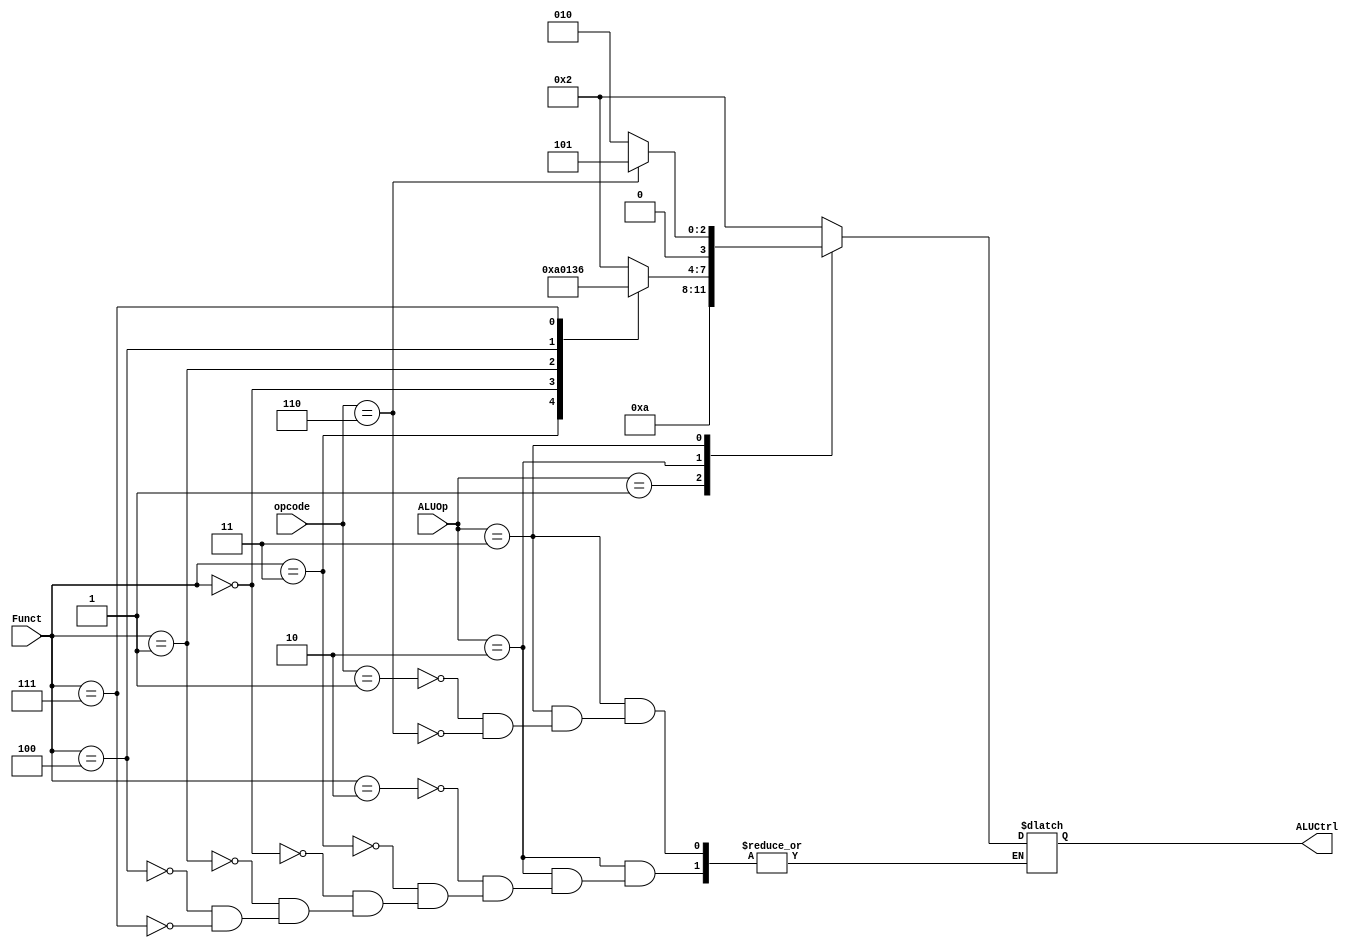
`timescale 1ns / 1ps
//////////////////////////////////////////////////////////////////////////////////
// Company: 
// Engineer: 
// 
// Design Name: 
// Module Name: ALUControl
// Project Name: 
// Target Devices: 
// Tool Versions: 
// Description: 
// 
// Dependencies: 
// 
// Revision:
// Revision 0.01 - File Created
// Additional Comments:
// 
//////////////////////////////////////////////////////////////////////////////////


module ALUControl(
input [1:0] ALUOp,
input [3:0] Funct,
input [3:0] opcode,
output reg [3:0] ALUCtrl
);

always @(ALUOp)
begin
case(ALUOp) // Pyet per vleren e ALUOp, 00-lw,sw; 01-beq,bne, 10-R-format, 11 - I-format
    2'b00: ALUCtrl = 4'b0010; //LS+SS (mbledhje)
    2'b01: ALUCtrl = 4'b1010; //BEQ+BNE (zbritje)
    2'b10: //R-Format
        case(Funct)
            4'b0010: ALUCtrl = 4'b0010; //ADD
            4'b0011: ALUCtrl = 4'b1010; //SUB
            4'b0000: ALUCtrl = 4'b0000; //AND
            4'b0001 : ALUCtrl = 4'b0001; //OR
            4'b0100 : ALUCtrl = 4'b0011; //SLT
            4'b0111 : ALUCtrl = 4'b0110; //SLL
        endcase

    2'b11: //I-format
        case(opcode)
            4'b0001: ALUCtrl = 4'b0010; // per ADDI
            4'b0110: ALUCtrl = 4'b0101; // per Mul
        endcase
endcase
end



endmodule